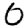
Digit: 0